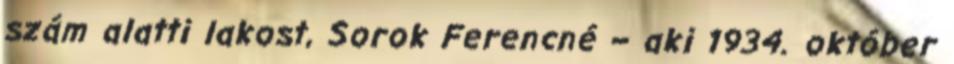
szám alatti lakost, Sorok Ferencné – aki 1934. október